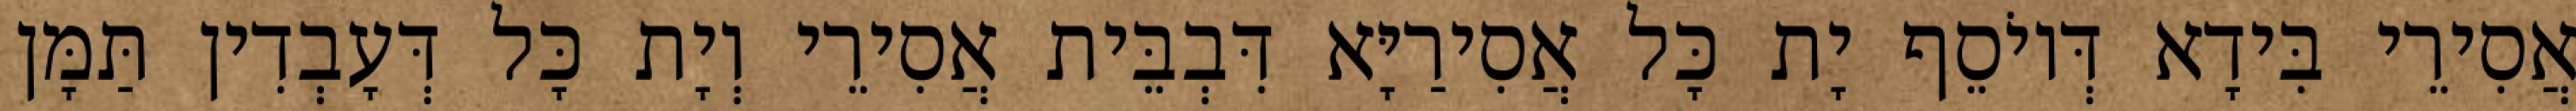
אֲסִירֵי בִּידָא דְּיוֹסֵף יָת כָּל אֲסִירַיָּא דִּבְבֵּית אֲסִירֵי וְיָת כָּל דְּעָבְדִין תַּמָּן